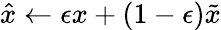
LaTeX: \hat{x}\leftarrow\epsilon{x}+(1-\epsilon)\tilde{{x}}